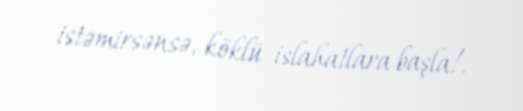
istəmirsənsə, köklü islahatlara başla!.